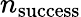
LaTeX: n_{\mathrm{success}}